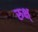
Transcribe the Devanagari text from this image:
रुक्ष्